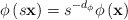
\begin{align*}\phi \left( s{\bf x}\right) =s^{-d_{\phi }}\phi \left( {\bf x}\right)\end{align*}